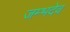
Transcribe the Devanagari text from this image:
जम्भदेव